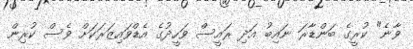
ވާނެ" ކުރީގެ ބަންޑާރަ ނައިބު އަދި ރައީސް ވަހީދުގެ އެޑްވައިޒަރަކަށް ވެސް ކުރިން